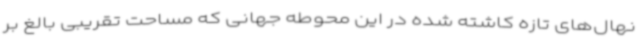
نهال‌های تازه کاشته شده در این محوطه جهانی که مساحت تقریبی بالغ بر